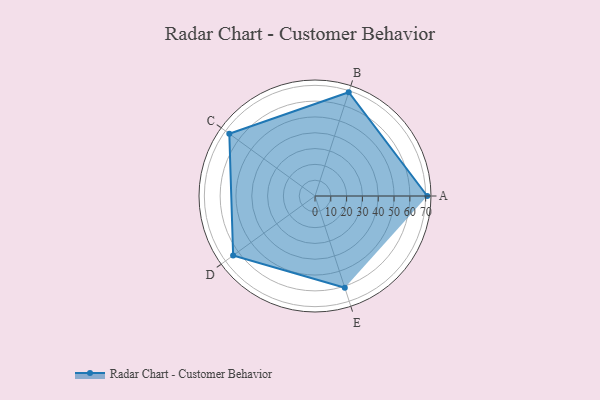
{"axis": {"x": "Skill", "y": "Score"}, "legend": ["Profile"], "data": [{"x": "A", "y": 71.0, "type": "Profile"}, {"x": "B", "y": 69.0, "type": "Profile"}, {"x": "C", "y": 67.0, "type": "Profile"}, {"x": "D", "y": 64.0, "type": "Profile"}, {"x": "E", "y": 61.0, "type": "Profile"}]}